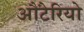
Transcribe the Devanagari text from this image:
औंटेरियो